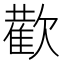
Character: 𭭕